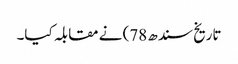
تاریخ سندھ 78) نے مقابلہ کیا۔